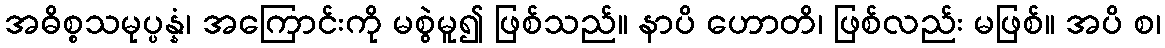
အဓိစ္စသမုပ္ပန္နံ၊ အကြောင်းကို မစွဲမူ၍ ဖြစ်သည်။ နာပိ ဟောတိ၊ ဖြစ်လည်း မဖြစ်။ အပိ စ၊